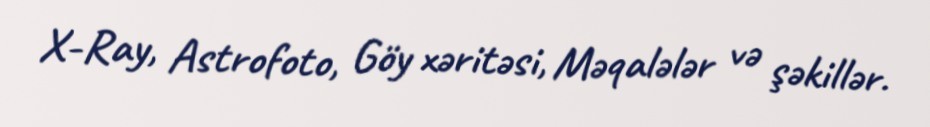
X-Ray, Astrofoto, Göy xəritəsi, Məqalələr və şəkillər.